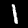
Digit: 1